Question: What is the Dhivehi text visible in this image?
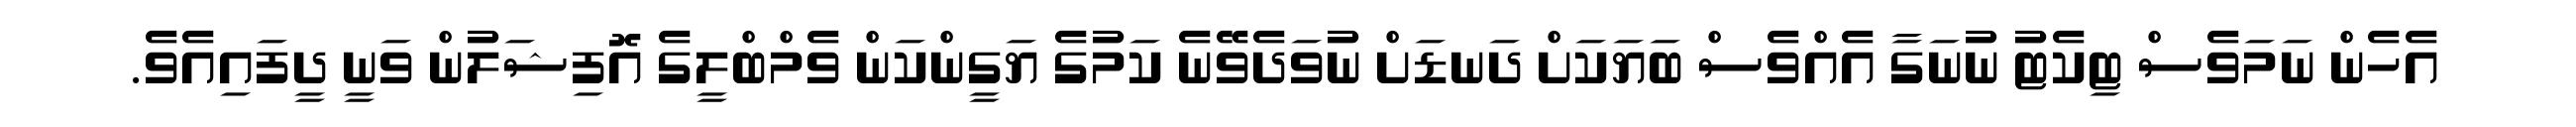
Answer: އެހެން ނަމަވެސް ޓިކެޓު ނުނަގާ އެއްވެސް ބަޔަކަށް ދަނޑަށް ނުވަދެވޭނެ ކަމުގެ ޔަގީންކަން ވެމްބްލީގެ އޮފިޝަލުން ވަނީ ދީފައިއެވެ.